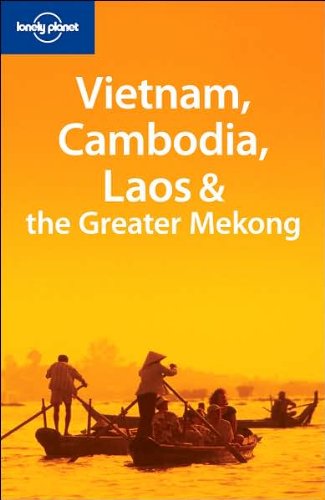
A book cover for Lonely Planet Vietnam Cambodia Laos & the Greater Mekong (Multi Country Guide); Nick Ray; Travel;